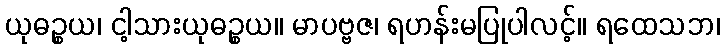
ယုဓဉ္စယ၊ ငါ့သားယုဓဉ္စယ။ မာပဗ္ဗဇ၊ ရဟန်းမပြုပါလင့်။ ရထေသဘ၊